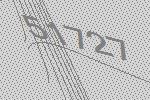
51727